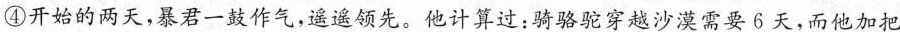
④开始的两天，暴君一鼓作气，遥遥领先。他计算过：骑骆驼穿越沙漠需要6天，而他加把